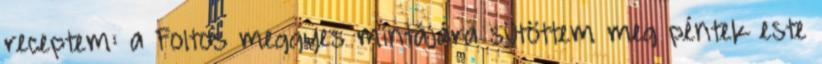
receptem: a Foltos meggyes mintájára sütöttem meg péntek este